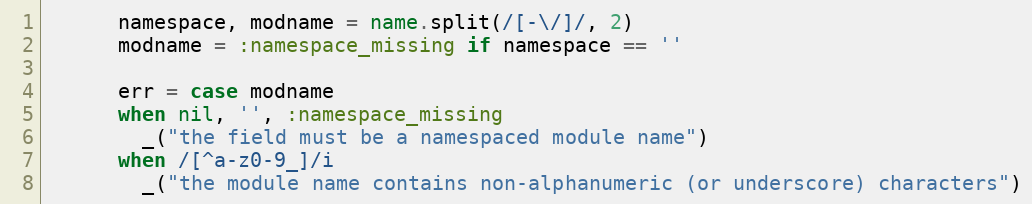
Language: Ruby
      namespace, modname = name.split(/[-\/]/, 2)
      modname = :namespace_missing if namespace == ''

      err = case modname
      when nil, '', :namespace_missing
        _("the field must be a namespaced module name")
      when /[^a-z0-9_]/i
        _("the module name contains non-alphanumeric (or underscore) characters")